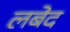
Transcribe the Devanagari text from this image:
लबेद